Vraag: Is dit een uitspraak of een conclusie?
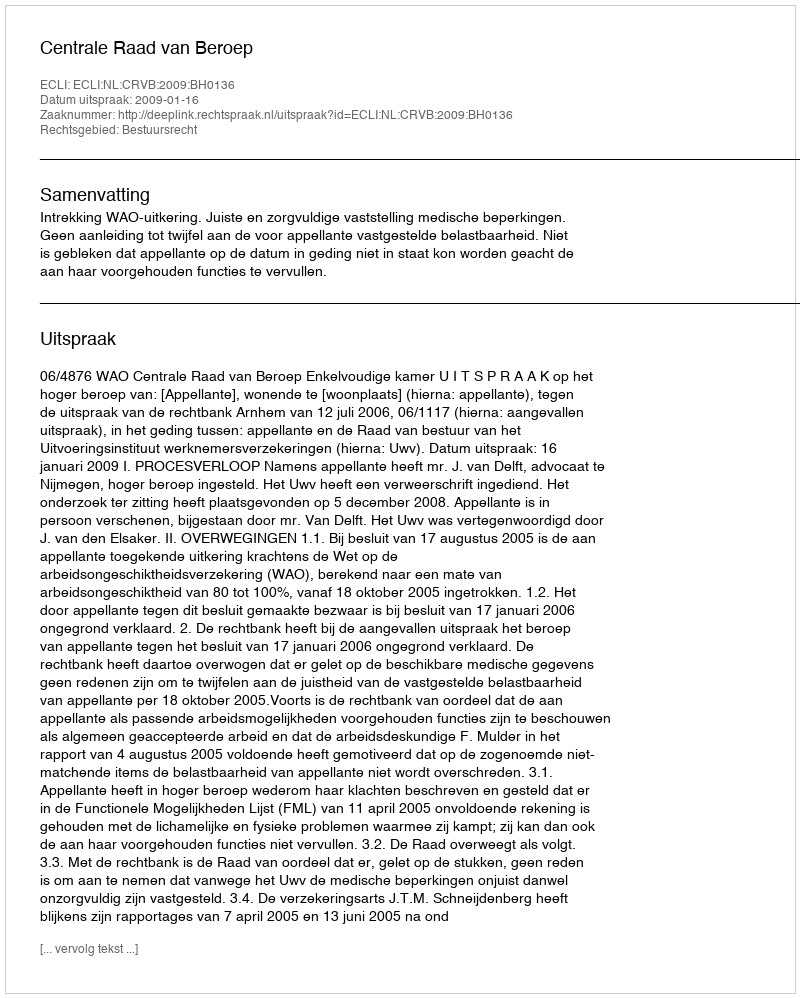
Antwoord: Uitspraak